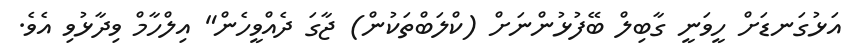
އަޅުގަނޑަށް ހީވަނީ ގާބިލް ބޭފުޅުންނަށް (ކްލަބްތަކުން) ޖާގަ ދެއްވީހެން" އިލްހާމް ވިދާޅުވި އެވެ.